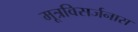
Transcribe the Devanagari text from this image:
मूत्रविसर्जनास